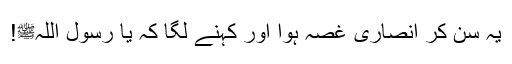
یہ سن کر انصاری غصہ ہوا اور کہنے لگا کہ یا رسول اللہﷺ!